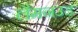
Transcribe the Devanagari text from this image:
लैमनउड